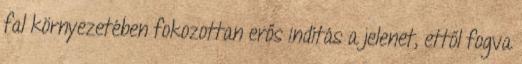
fal környezetében fokozottan erős indítás a jelenet, ettől fogva